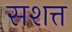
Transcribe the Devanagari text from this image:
सशत्त